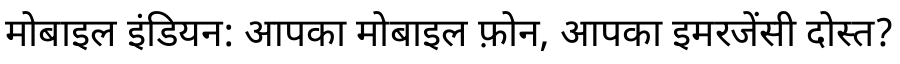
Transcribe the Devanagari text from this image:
मोबाइल इंडियन: आपका मोबाइल फ़ोन, आपका इमरजेंसी दोस्त?